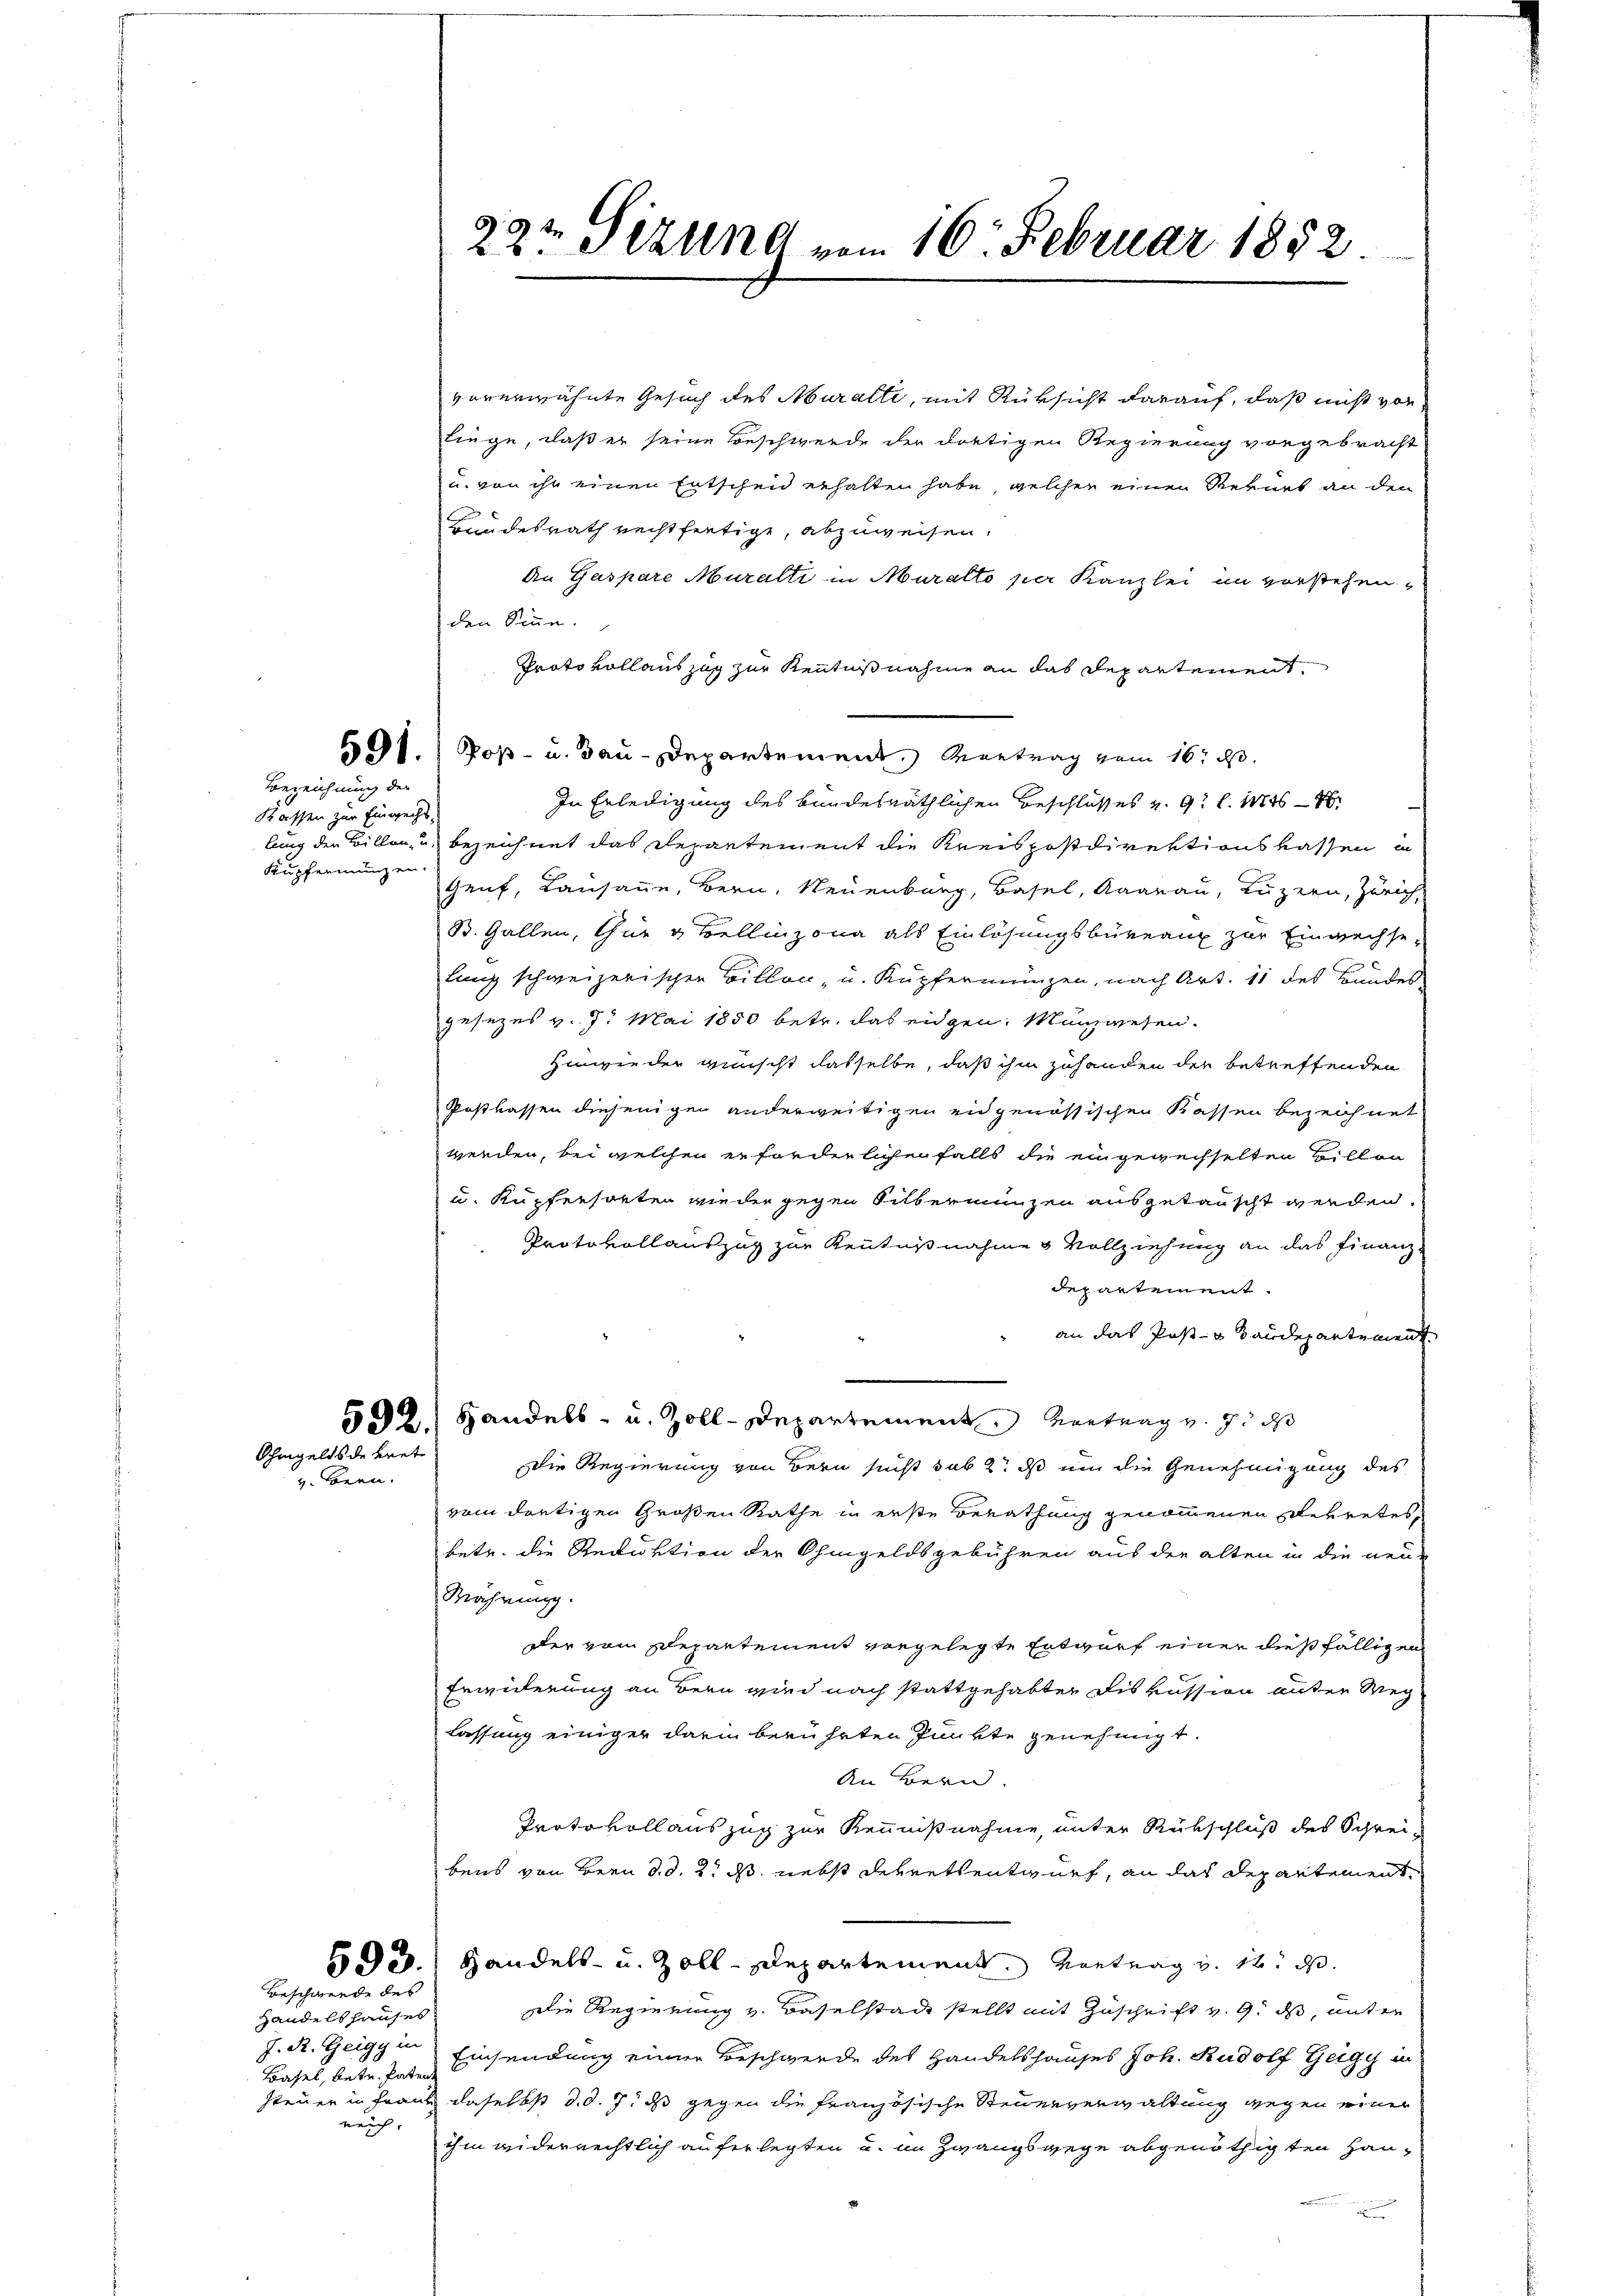
Bezeichnung der
Kassen zur Einweihs,
Kupfernungen.

Ohmgelds de tret
v. Bern.

Beschwerde des

Handelshauses
Basel, betr. Paten
neich

29t Sizung vom 16. Februar 1882

vorerwähnte Gesuch des Muralli, mit Rüksicht darauf, daß nicht vorliege, daß er seine Beschwerde der dortigen Regierung vorgebracht
u. von ihr einen Entscheid erhalten habe, welchen einen Rekurs an den
Bundesrath rechtfertige, abzuweisen.
An Gaspare Muralti in Muralto per Kanzlei im verstehen,
den Sinne.
Protokollauszug zur Kenntnisnahme an das Departement
491. Poß- u. Bau-Departement. Vertrag vom 16. d.
In Erledigung des bundesräthlichen Beschlusses v. 9. l. Mt
lung der Billen, u. bezeichnet das Departement die Kreispostdirektionskassen in
Genf, Lausanne, Bern, Neuenburg, Basel, Baarau, Luzern, Zürich,
St. Gallen thur & Bellinzona als Einlösungsbüreau zur Einwechselung schweizerischen Billon- u. Kupfermünzen, nach Art. 11 des Bundes
gesezes v. 7. Mai 1850 betr. das eidgen. Münzwesen.
hinwieder wünscht dasselbe, daß ihm zuhanden der betreffenden
Postkassen diejenigen anderweitigen eidgenössischen Kassen bezeichnet
werden, bei welchen erforderlichen falls die eingewechselten Billen
u. Kupfersorten wieder gegen Silbermünzen ausgetauscht werden.
Protokollauszug zur Kenntnißnahme & Vollziehung an das Finanzdepartement.
an das Post- u Staudepartement
592.) Handels- u. Zoll-Departement vortrag v. J. das
Die Regierung von Bern sucht sub 2t ds um die Genehmigung des
vom dortigen Großen Rathe in erste Berathung genommenen Rekretes,
betr. die Reduktion der Ohmgeldsgebühren aus der alten in die neu-
Währung.
der vom Departement vorgelegte Entwurf einer dießfälligen
Erwiderung an Bern wird nach stattgehabter Diskussion unter Weg
lassung einiger darin berührten Punkte genehmigt.
An Bern.
Protokollauszug zur Kennnißnahme, unter Rükschluß des Schreibens von Bern d. d. 2. ds nebst Dekretsentwurf, an das Departement
593.) Handels- u. Zoll-Departement. Kontrag und in d
Die Regierung v. Baselstadt stellt mit Zuschrift v. 9. ds, unter
J. R. Zeiggi Einsendung einen Beschwerde des Handelshauses Joh. Rudolf Geigy in
steuer in Franz daselbst d. d. 7. ds gegen die französische Steuerverwaltung gegen einer
ihm widerrechtlich auferlegten u. im Zwangswege abgenöthigten Haun